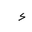
Letter: _hamza